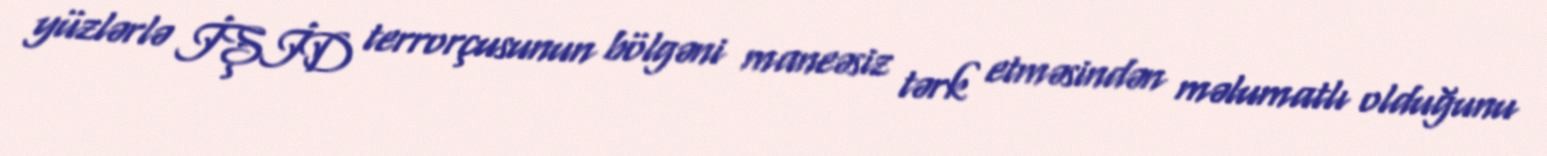
yüzlərlə İŞİD terrorçusunun bölgəni maneəsiz tərk etməsindən məlumatlı olduğunu